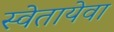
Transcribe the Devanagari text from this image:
स्वेतायेवा